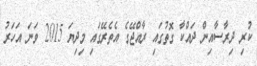
ކުރި ދިރާސާއިން ދައްކާ ގޮތުގައި ރާއްޖޭގެ އެތެރޭގައި މިދިޔަ 2015 ވަނަ އަހަރު